Vaccination in the Punjab 1897-1904 - 1897-1904
Year: 1897
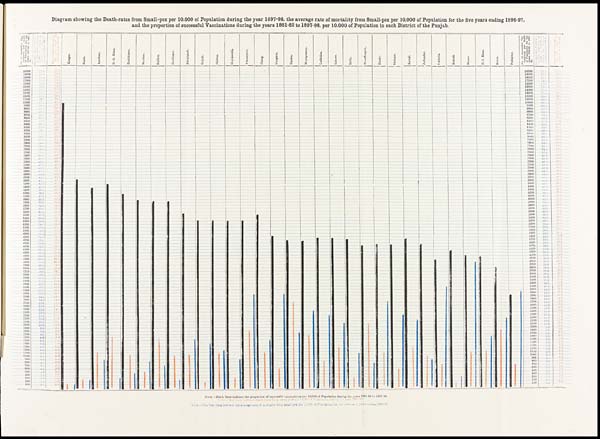
Diagram showing the Death-rates from Small-pox per 10,000 of Population during the year 1897-98, the average rate of mortality from Small-pox per 10,000 of Population for the five years ending 1896-97,
and the proportion of successful Vaccinations during the years 1881-82 to 1897-98, per 10,000 of Population in each District of the Punjab.